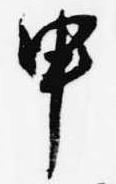
申